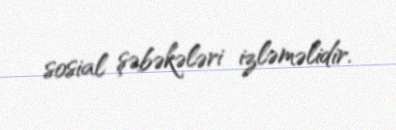
sosial şəbəkələri izləməlidir.